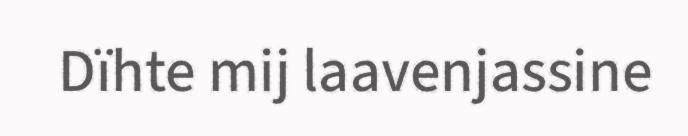
Dïhte mij laavenjassine